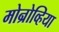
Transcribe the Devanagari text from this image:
मोन्रोव्हिया